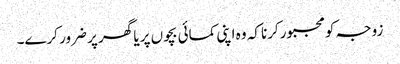
زوجہ کومجبورکرنا کہ وہ اپنی کمائی بچوں پر یا گھر پر ضرور کرے۔